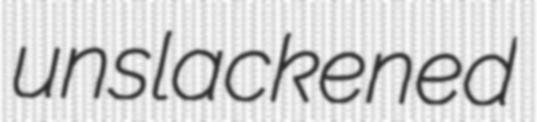
unslackened